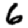
Digit: 6